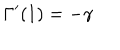
LaTeX: \Gamma ^ { \prime } ( 1 ) = - \gamma